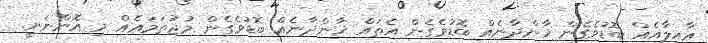
ޢާއިލާއެއް ބޮޑުވެގެން ޚާންދާނެއް ބޮޑުވެގެން އެތައް ޚާންދާނެއް ބޮޑުވެގެން މުޖުތަމަޢެއް މި އޮންނަނީ.